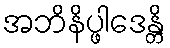
အဘိနိပ္ဖါဒေန္တိ